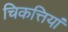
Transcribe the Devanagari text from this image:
चिकत्तियां